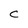
Character: C